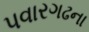
પવારગઢના